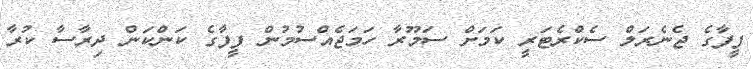
ފީފާގެ ޖެނެރަލް ސެކްރެޓަރީ ކަމަށް ސަމޫރާ ހަމަޖެއްސުމުން ފީފާގެ ކަންކަން ދިރާސާ ކުރާ